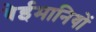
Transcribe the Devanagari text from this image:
बेईमानियों